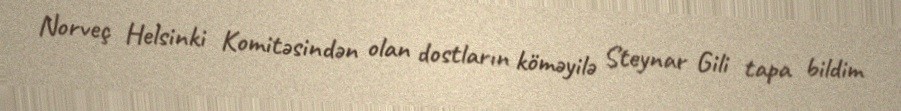
Norveç Helsinki Komitəsindən olan dostların köməyilə Steynar Gili tapa bildim